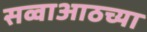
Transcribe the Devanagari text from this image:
सव्वाआठच्या